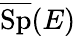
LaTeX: {\overline{{\operatorname{Sp}}}}(E)